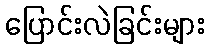
ပြောင်းလဲခြင်းများ